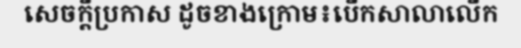
សេចក្តីប្រកាស ដូចខាងក្រោម៖បើកសាលាលើក